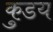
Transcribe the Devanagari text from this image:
कुडय